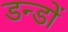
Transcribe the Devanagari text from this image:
डन्डों